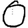
Digit: 0